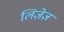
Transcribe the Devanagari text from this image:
लिज़ेज़